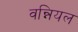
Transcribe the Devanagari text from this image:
वन्नियल